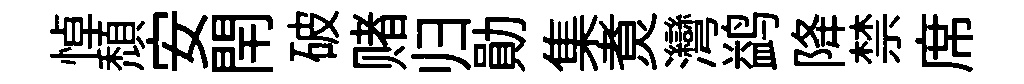
悼頽安閈破赌归勛集煑灣鹢降禁席